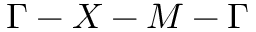
\Gamma - X - M - \Gamma